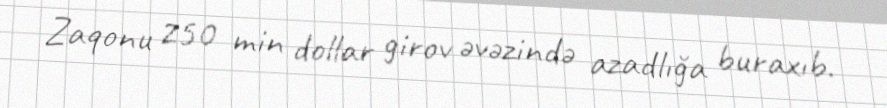
Zaqonu 250 min dollar girov əvəzində azadlığa buraxıb.